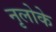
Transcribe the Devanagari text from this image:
नृलोके